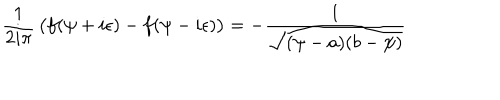
LaTeX: { \frac { 1 } { 2 i \pi } } \left( \strut f ( \psi + i \epsilon ) - f ( \psi - i \epsilon ) \right) = - { \frac { 1 } { \sqrt { ( \psi - a ) ( b - \psi ) } } }